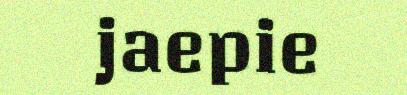
jaepie